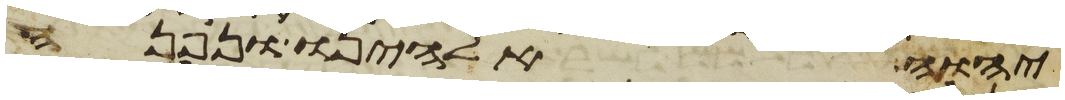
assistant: יהוה אלהינו ונפנה